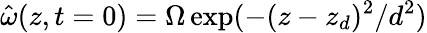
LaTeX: \hat{\omega}(z,t=0)=\Omega\exp(-(z-z_{d})^{2}/d^{2})